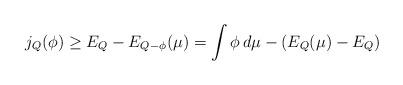
LaTeX: \begin{align*}j_{Q}(\phi)\ge E_{Q}-E_{Q-\phi}(\mu)=\int \phi\, d\mu-(E_{Q}(\mu)-E_{Q})\end{align*}